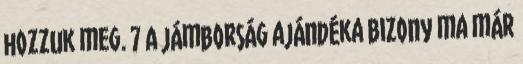
hozzuk meg. 7 A jámborság ajándéka Bizony ma már